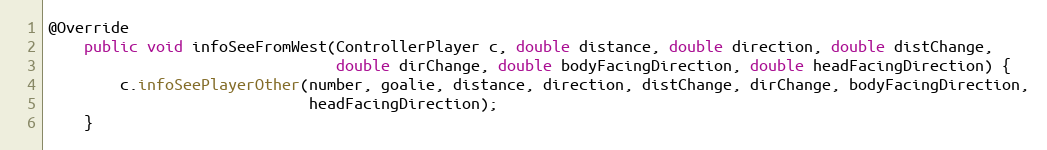
Language: Java
@Override
    public void infoSeeFromWest(ControllerPlayer c, double distance, double direction, double distChange,
                                double dirChange, double bodyFacingDirection, double headFacingDirection) {
        c.infoSeePlayerOther(number, goalie, distance, direction, distChange, dirChange, bodyFacingDirection,
                             headFacingDirection);
    }